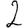
Digit: 2